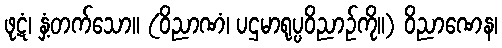
ဖုဋံ၊ နှံ့တက်သော။ (ဝိညာဏံ၊ ပဌမာရုပ္ပဝိညာဉ်ကို။) ဝိညာဏေန၊